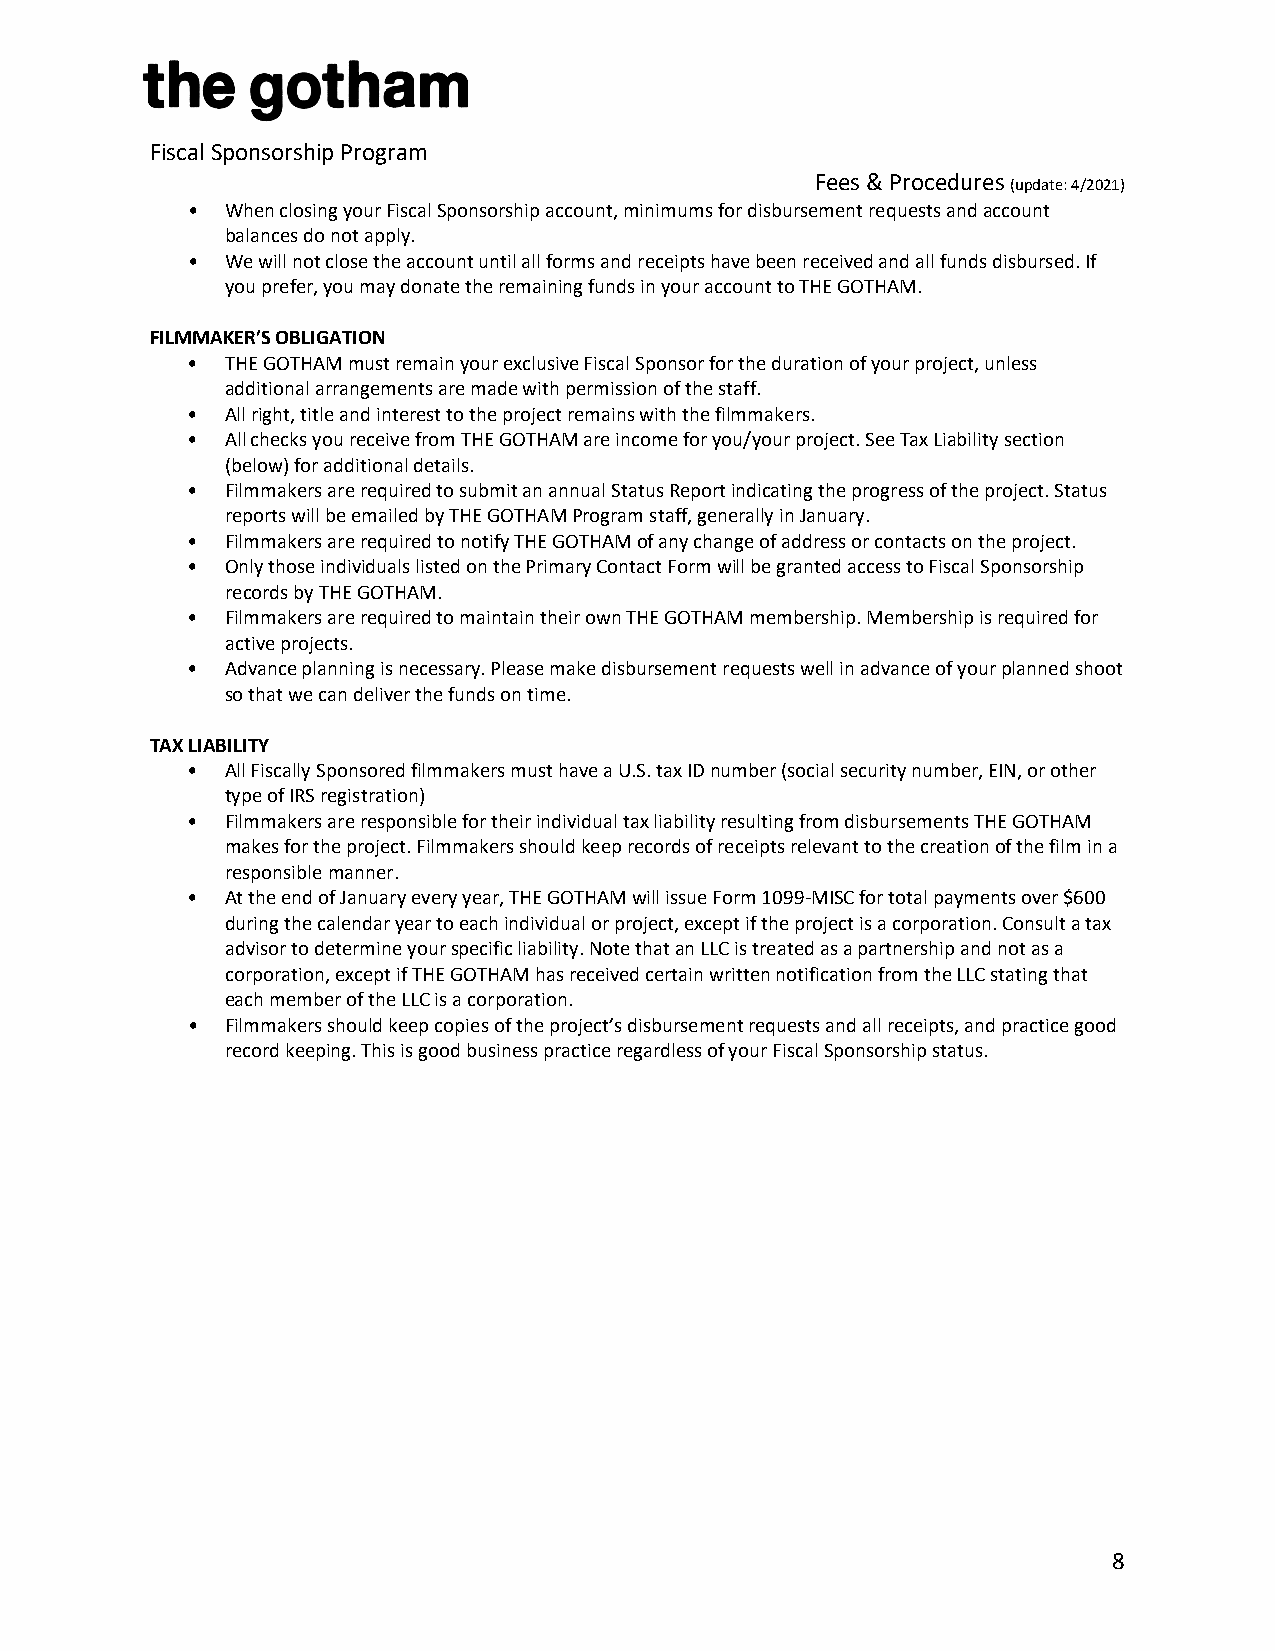
Fiscal Sponsorship Program
 Fees & Procedures (update: 4/2021)
 •  When closing your Fiscal Sponsorship account, minimums for disbursement requests and account
 balances do not apply.
 •  We will not close the account until all forms and receipts have been received and all funds disbursed. If
 you prefer, you may donate the remaining funds in your account to THE GOTHAM.
 FILMMAKER’S OBLIGATION
 •  THE GOTHAM must remain your exclusive Fiscal Sponsor for the duration of your project, unless
 additional arrangements are made with permission of the staff.
 •  All right, title and interest to the project remains with the filmmakers.
 •  All checks you receive from THE GOTHAM are income for you/your project. See Tax Liability section
 (below) for additional details.
 •  Filmmakers are required to submit an annual Status Report indicating the progress of the project. Status
 reports will be emailed by THE GOTHAM Program staff, generally in January.
 •  Filmmakers are required to notify THE GOTHAM of any change of address or contacts on the project.
 •  Only those individuals listed on the Primary Contact Form will be granted access to Fiscal Sponsorship
 records by THE GOTHAM.
 •  Filmmakers are required to maintain their own THE GOTHAM membership. Membership is required for
 active projects.
 •  Advance planning is necessary. Please make disbursement requests well in advance of your planned shoot
 so that we can deliver the funds on time.
 TAX LIABILITY
 •  All Fiscally Sponsored filmmakers must have a U.S. tax ID number (social security number, EIN, or other
 type of IRS registration)
 •  Filmmakers are responsible for their individual tax liability resulting from disbursements THE GOTHAM
 makes for the project. Filmmakers should keep records of receipts relevant to the creation of the film in a
 responsible manner.
 •  At the end of January every year, THE GOTHAM will issue Form 1099-MISC for total payments over $600
 during the calendar year to each individual or project, except if the project is a corporation. Consult a tax
 advisor to determine your specific liability. Note that an LLC is treated as a partnership and not as a
 corporation, except if THE GOTHAM has received certain written notification from the LLC stating that
 each member of the LLC is a corporation.
 •  Filmmakers should keep copies of the project’s disbursement requests and all receipts, and practice good
 record keeping. This is good business practice regardless of your Fiscal Sponsorship status.
 8